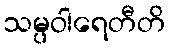
သမ္ပဝါရေတီတိ